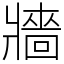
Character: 牆